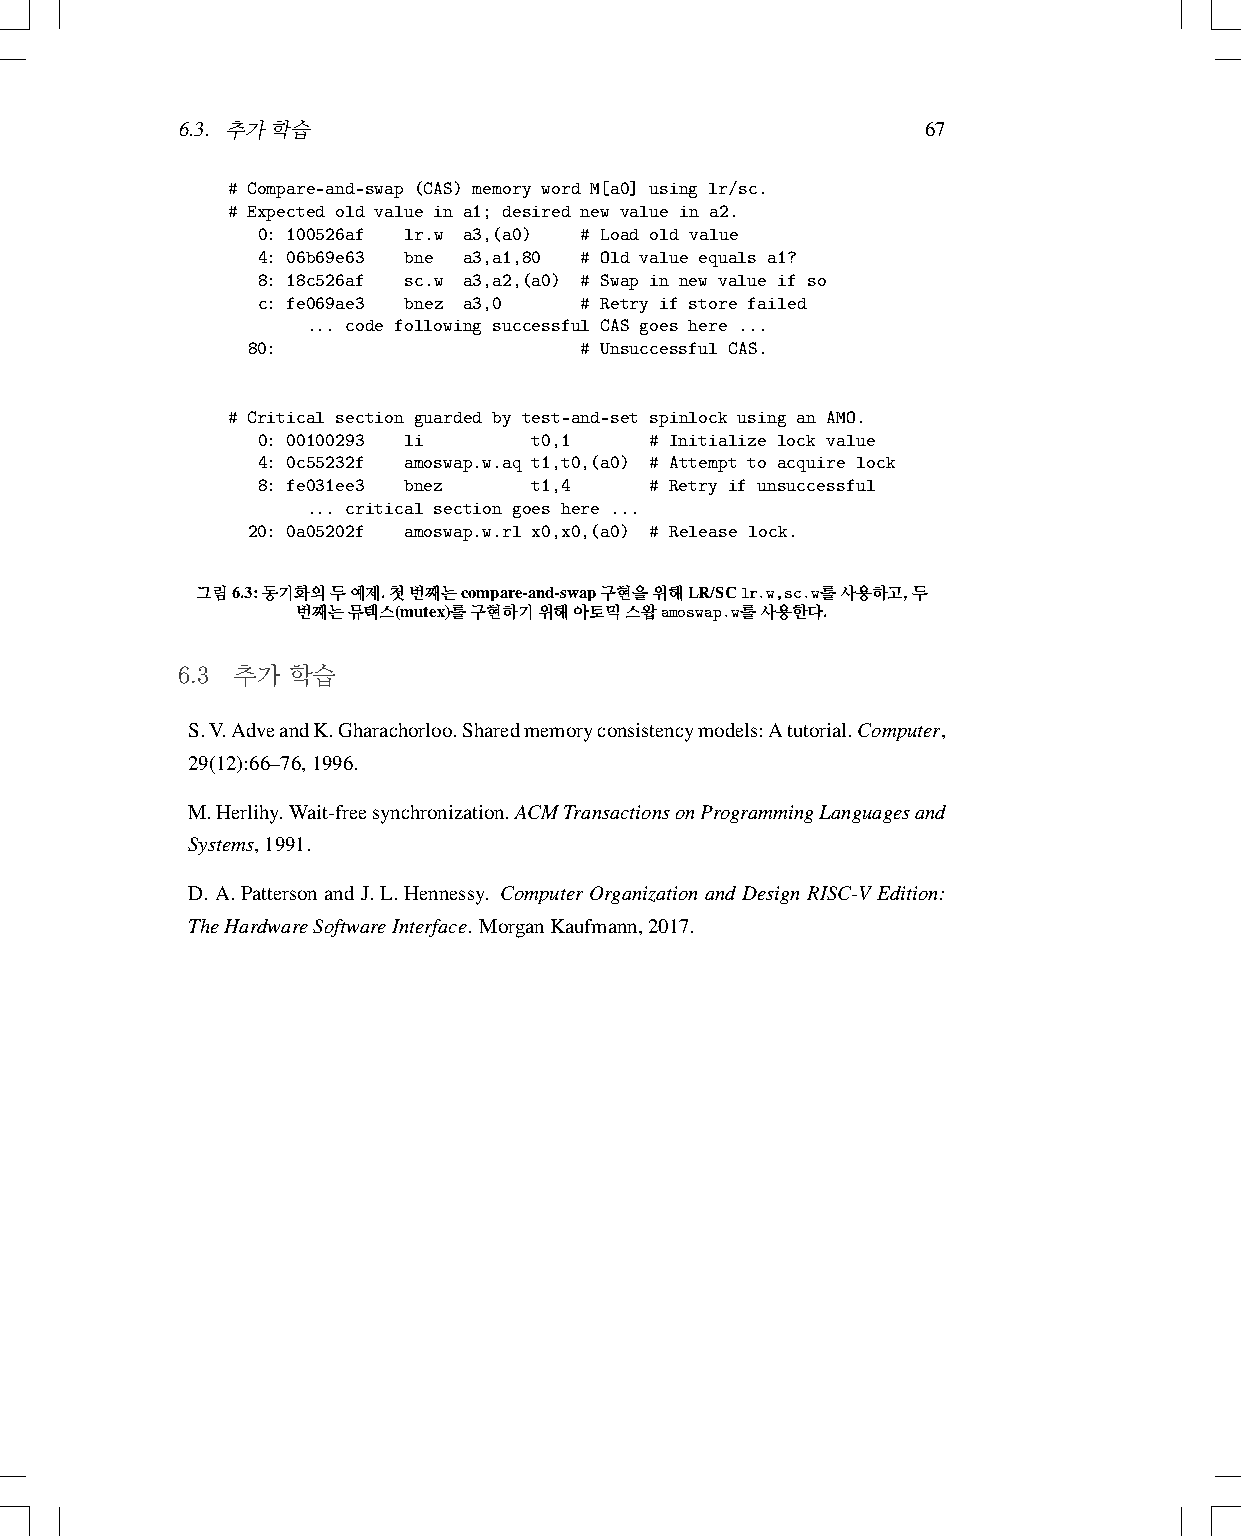
6.3. 추가학습                                        67
 # Compare-and-swap (CAS) memory word M[a0] using lr/sc.
 # Expected old value in a1; desired new value in a2.
 0: 100526af lr.w a3,(a0) # Load old value
 4: 06b69e63 bne a3,a1,80 # Old value equals a1?
 8: 18c526af sc.w a3,a2,(a0) # Swap in new value if so
 c: fe069ae3 bnez a3,0 # Retry if store failed
 ... code following successful CAS goes here ...
 80:                   # Unsuccessful CAS.
 # Critical section guarded by test-and-set spinlock using an AMO.
 0: 00100293 li    t0,1    # Initialize lock value
 4: 0c55232f amoswap.w.aq t1,t0,(a0) # Attempt to acquire lock
 8: fe031ee3 bnez  t1,4    # Retry if unsuccessful
 ... critical section goes here ...
 20: 0a05202f amoswap.w.rl x0,x0,(a0) # Release lock.
 그림6.3:동기화의두예제.첫번째는compare-and-swap구현을위해LR/SClr.w,sc.w를사용하고,두
 번째는뮤텍스(mutex)를구현하기위해아토믹스왑amoswap.w를사용한다.
 6.3 추가 학습
 S.V.AdveandK.Gharachorloo.Sharedmemoryconsistencymodels:Atutorial.Computer,
 29(12):66–76,1996.
 M.Herlihy.Wait-freesynchronization.ACMTransactionsonProgrammingLanguagesand
 Systems,1991.
 D. A. Patterson and J. L. Hennessy. Computer Organization and Design RISC-V Edition:
 TheHardwareSoftwareInterface. MorganKaufmann,2017.